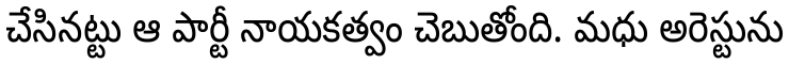
చేసినట్టు ఆ పార్టీ నాయకత్వం చెబుతోంది. మధు అరెస్టును